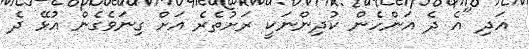
އަދި "އެ ދެ އަންހެން ކުދިންނަކީ ރަށުތެރެ އަށް ގިނަވެގެން އުޅޭ ދެ